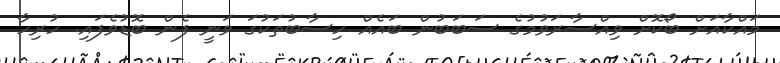
މައްކާއަށް ބޯކޮށް ވިއްސާރަވުމުގެ ސަބަބުން ބައެއް ހިސާބުތަކުގަ ވަނީ ފެން ބޮޑުވެފައި. ހުރިހާ